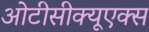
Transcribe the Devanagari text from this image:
ओटीसीक्यूएक्स